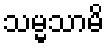
သမ္မသာမိ